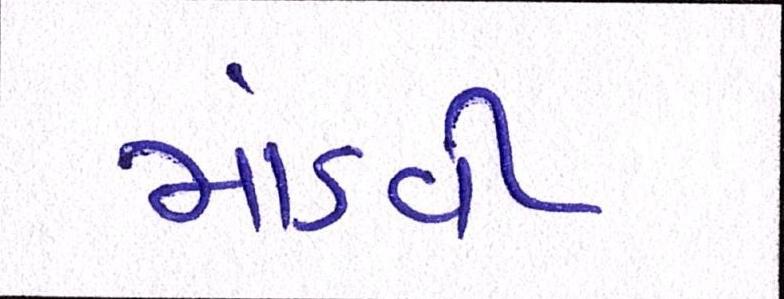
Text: માંડવી